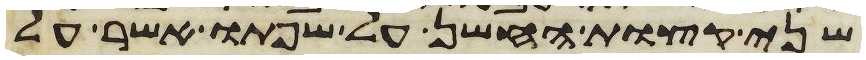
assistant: שני קצות החשן על שפתו אשר על